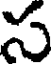
స